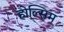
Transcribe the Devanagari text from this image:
होल्सिम